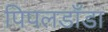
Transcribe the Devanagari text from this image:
पिपलडाँडा